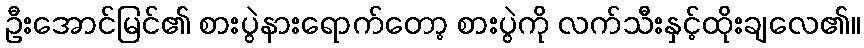
ဦးအောင်မြင်၏ စားပွဲနားရောက်တော့ စားပွဲကို လက်သီးနှင့်ထိုးချလေ၏။